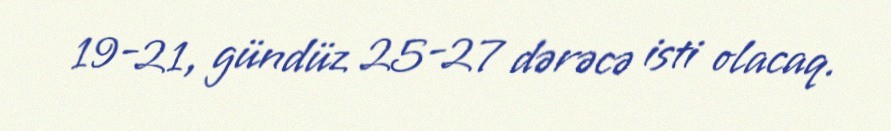
19-21, gündüz 25-27 dərəcə isti olacaq.